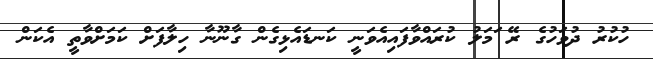
ހުކުރު ދުވަހުގެ ރޭ ަމަލު ކުރައްވާފައިއެވަނީ ކަނޑައެޅިގެން ގާނޫނާ ހިލާފަށް ކަމަށްވާތީ އެކަން